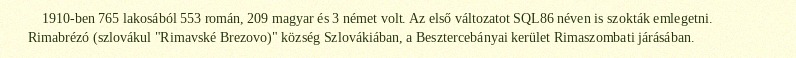
1910-ben 765 lakosából 553 román, 209 magyar és 3 német volt. Az első változatot SQL86 néven is szokták emlegetni. Rimabrézó (szlovákul "Rimavské Brezovo)" község Szlovákiában, a Besztercebányai kerület Rimaszombati járásában.